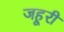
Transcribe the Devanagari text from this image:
जहूरी